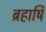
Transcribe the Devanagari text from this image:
ब्रहार्षि